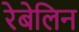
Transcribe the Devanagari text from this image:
रेबेलिन